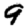
Digit: 9